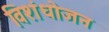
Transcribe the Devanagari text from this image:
विशंधोजन